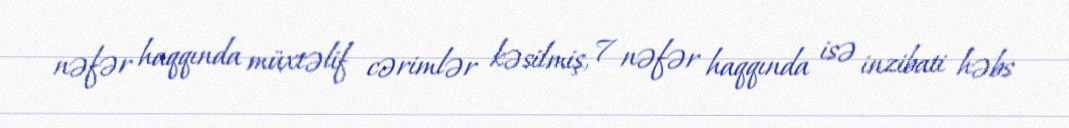
nəfər haqqında müxtəlif cərimlər kəsilmiş, 7 nəfər haqqında isə inzibati həbs